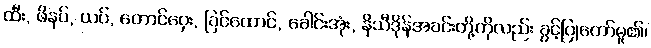
ထီး, ဖိနပ်, ယပ်, တောင်ဝှေး, ခြင်ထောင်, ခေါင်းအုံး, နိသီဒိုန်အခင်းတို့ကိုလည်း ခွင့်ပြုတော်မူ၏၊